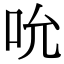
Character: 吮